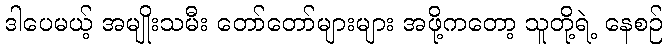
ဒါပေမယ့် အမျိုးသမီး တော်တော်များများ အဖို့ကတော့ သူတို့ရဲ့ နေစဉ်